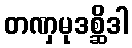
တဏှမုဒစ္ဆိဒါ